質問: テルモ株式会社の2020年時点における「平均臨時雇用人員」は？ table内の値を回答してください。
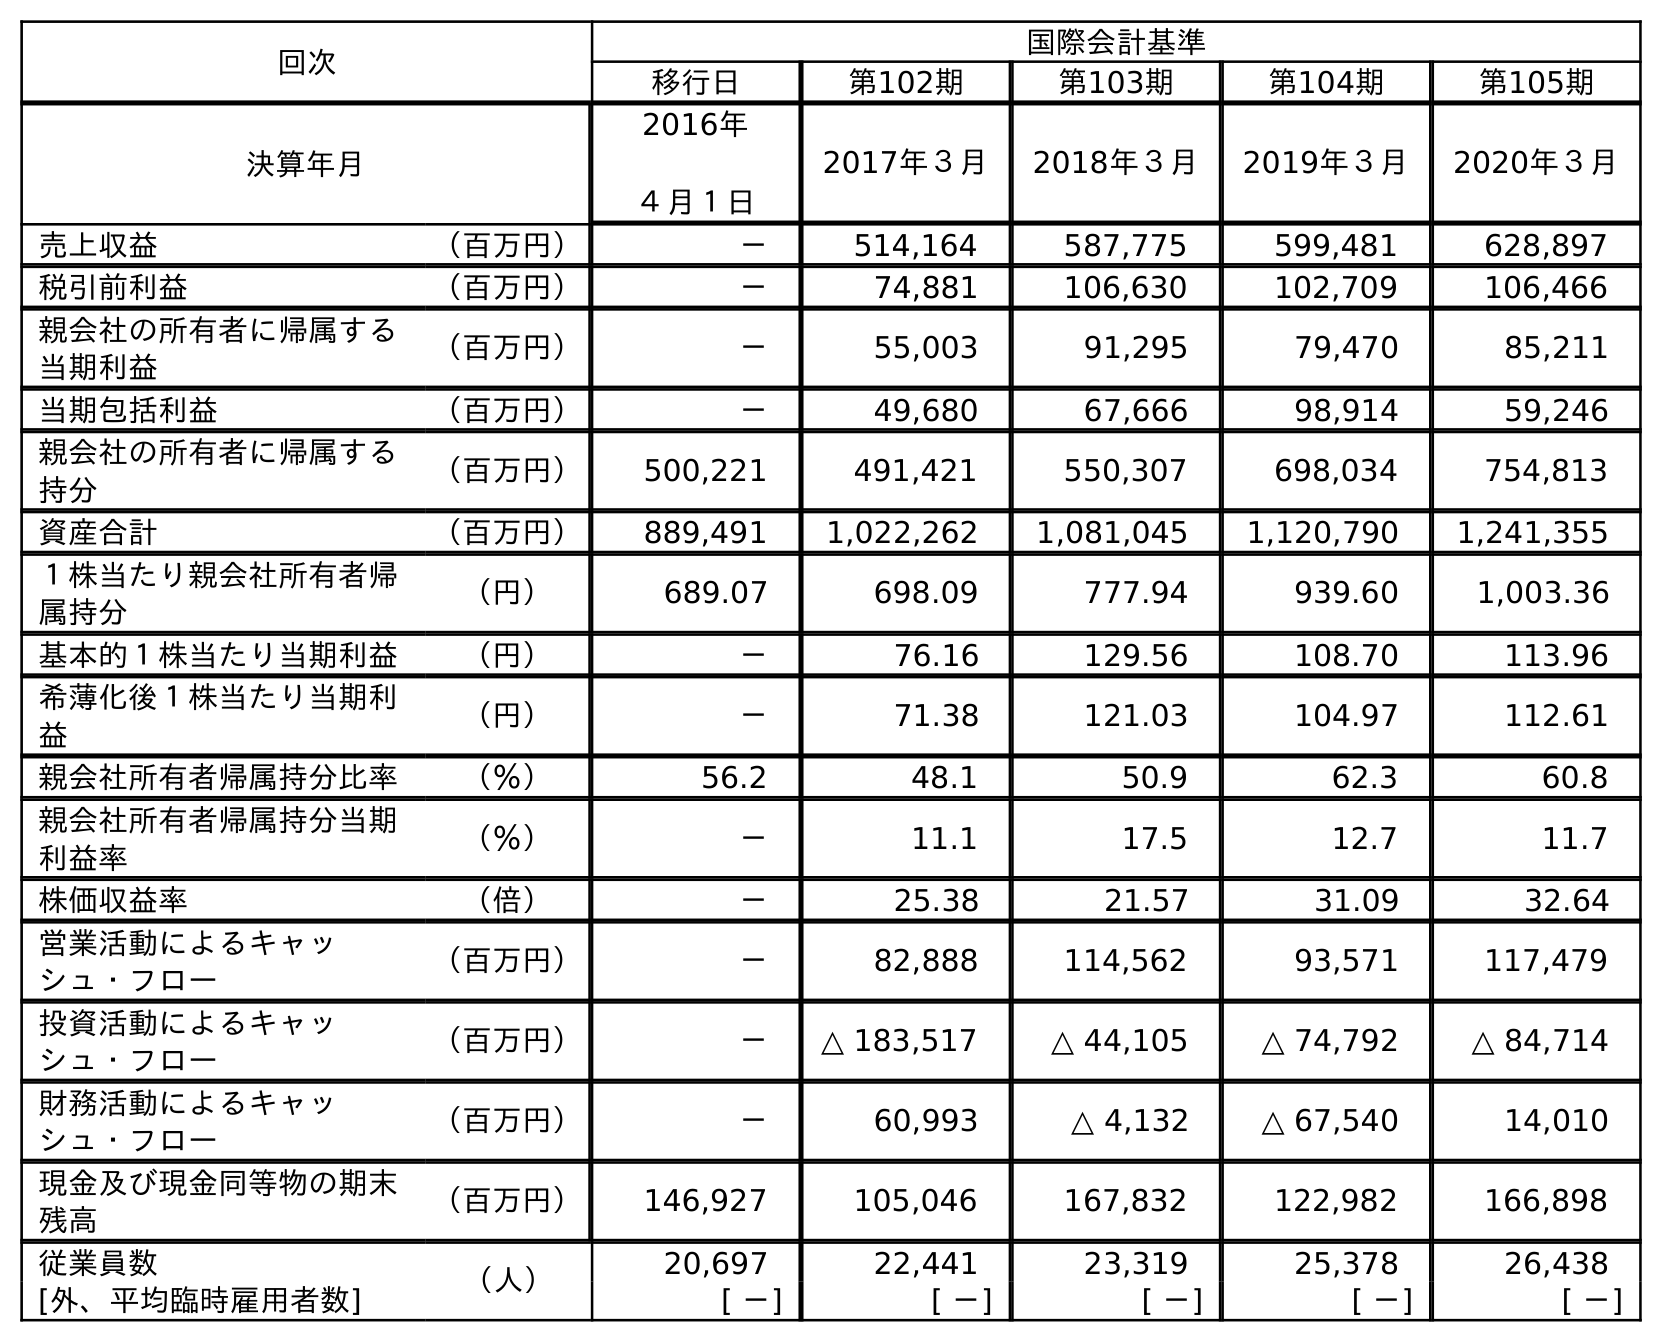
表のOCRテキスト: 回次 国際会計基準 移行日 第102期 第103期 第104期 第105期 決算年月 2016年 ４月１日 2017年３月 2018年３月 2019年３月 2020年３月 売上収益 （百万円） － 514,164 587,775 599,481 628,897 税引前利益 （百万円） － 74,881 106,630 102,709 106,466 親会社の所有者に帰属する 当期利益 （百万円） － 55,003 91,295 79,470 85,211 当期包括利益 （百万円） － 49,680 67,666 98,914 59,246 親会社の所有者に帰属する 持分 （百万円） 500,221 491,421 550,307 698,034 754,813 資産合計 （百万円） 889,491 1,022,262 1,081,045 1,120,790 1,241,355 １株当たり親会社所有者帰 属持分 （円） 689.07 698.09 777.94 939.60 1,003.36 基本的１株当たり当期利益 （円） － 76.16 129.56 108.70 113.96 希薄化後１株当たり当期利 益 （円） － 71.38 121.03 104.97 112.61 親会社所有者帰属持分比率 （％） 56.2 48.1 50.9 62.3 60.8 親会社所有者帰属持分当期 利益率 （％） － 11.1 17.5 12.7 11.7 株価収益率 （倍） － 25.38 21.57 31.09 32.64 営業活動によるキャッ シュ・フロー （百万円） － 82,888 114,562 93,571 117,479 投資活動によるキャッ シュ・フロー （百万円） － △ 183,517 △ 44,105 △ 74,792 △ 84,714 財務活動によるキャッ シュ・フロー （百万円） － 60,993 △ 4,132 △ 67,540 14,010 現金及び現金同等物の期末 残高 （百万円） 146,927 105,046 167,832 122,982 166,898 従業員数 （人） 20,697 22,441 23,319 25,378 26,438 [外、平均臨時雇用者数] [ －] [ －] [ －] [ －] [ －]
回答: [－]